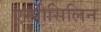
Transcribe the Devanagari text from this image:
एम्पीसिलिन